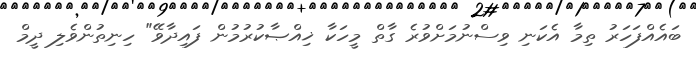
ބައެއްފަހަރު ތިމާ އެކަނި ވިސްނުމަށްވުރެ ގާތް މީހަކާ ޚިއްޞާކުރުމުން ފައިދާވޭ" ހިނިތުންވެލި ދީމް